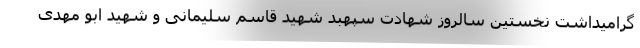
گرامیداشت نخستین سالروز شهادت سپهبد شهید قاسم سلیمانی و شهید ابو مهدی